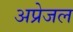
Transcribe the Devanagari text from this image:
अप्रेजल